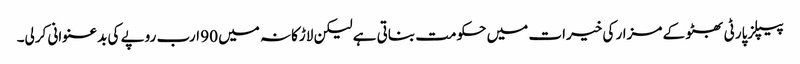
پیپلزپارٹی بھٹو کے مزار کی خیرات میں حکومت بناتی ہے لیکن لاڑکانہ میں 90 ارب روپے کی بدعنوانی کرلی۔